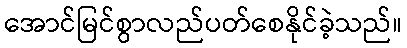
အောင်မြင်စွာလည်ပတ်စေနိုင်ခဲ့သည်။